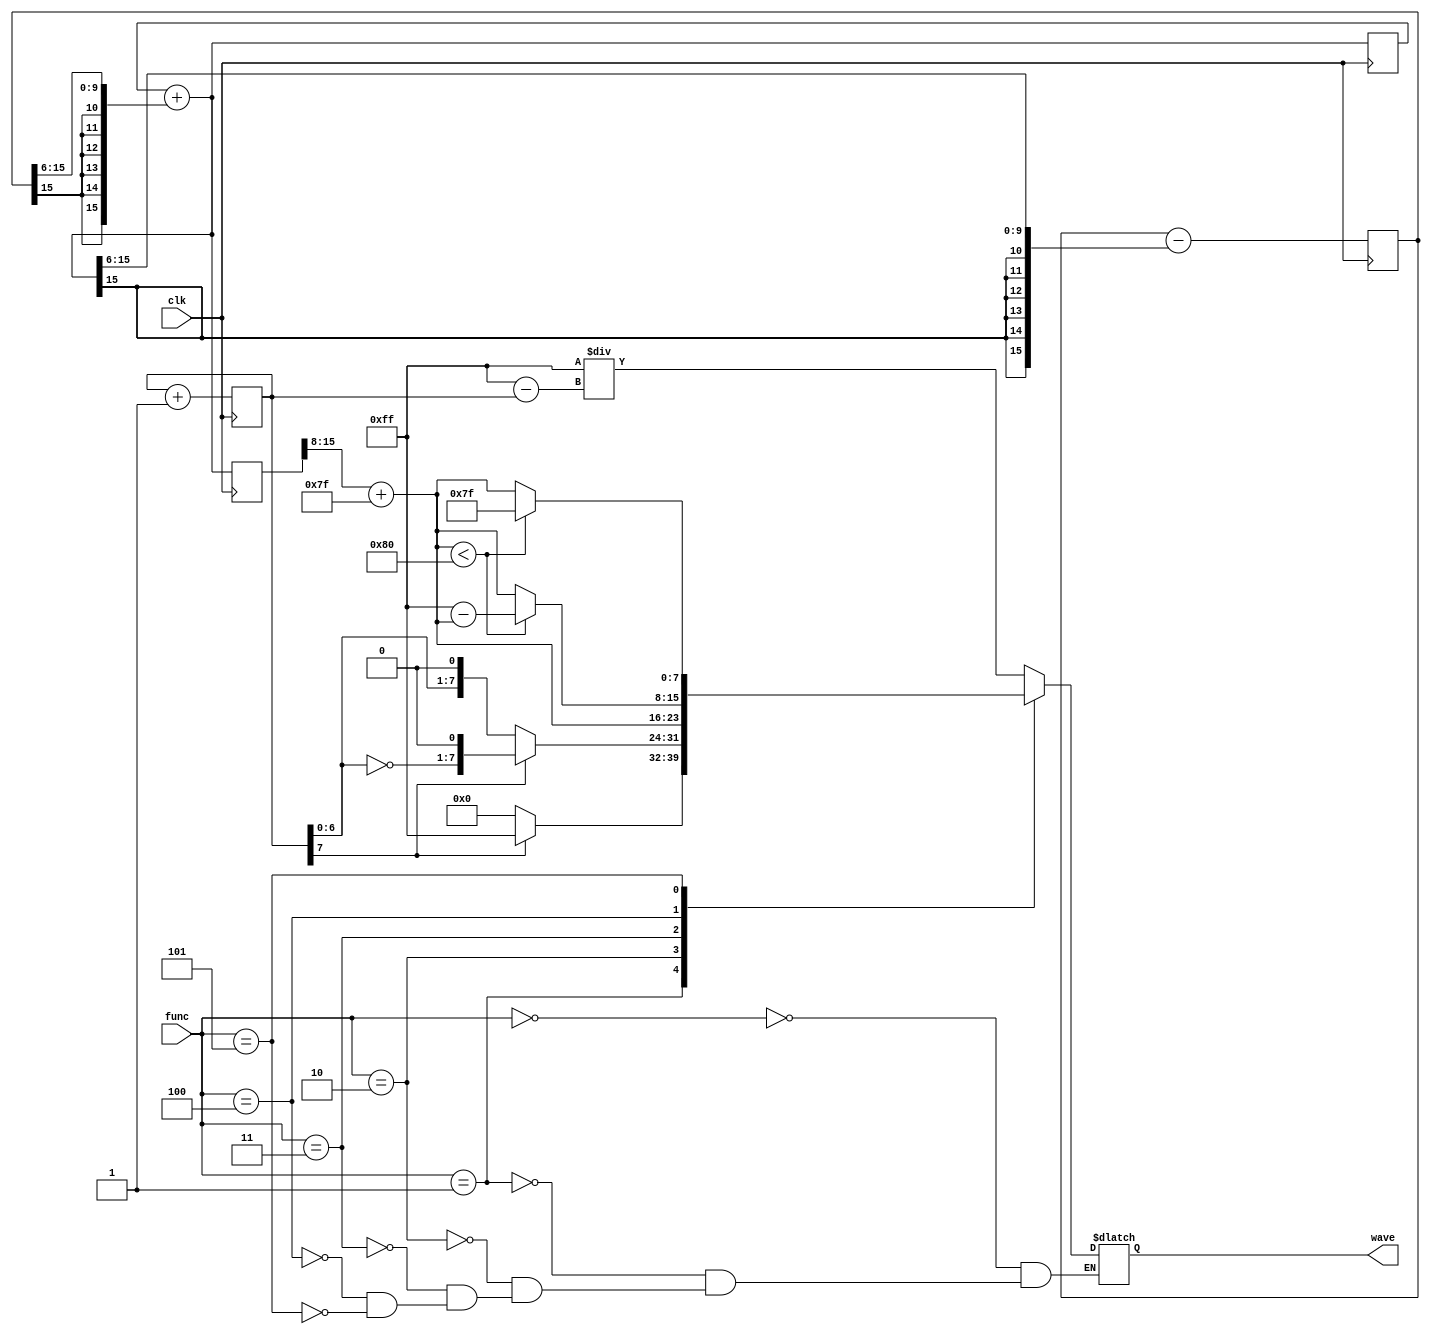
module wave_gen(clk,func,wave);
input clk;
// input [7:0] phase_ctrl;
input [2:0] func;
output reg[7:0]wave;
reg [7:0]n=0;
wire [7:0] triangle,square,reciprocal,DDS_out,half_rec;
wire[7:0]full_rec;
reg [15:0]cur_sin,past_sin=0,cur_cos,past_cos=16'd30000;
wire[7:0] sinus;

assign sinus=cur_sin[15:8]+8'd127;
assign triangle=(n[7]==1'b1)?{{~(n[6:0]),1'b0}}:{n[6:0],1'b0};
assign square=(n[7]==1'b1)?8'b11111111:8'b00000000;
assign full_rec=cur_sin[15:8]+8'd127;
assign half_rec=cur_sin[15:8]+8'd127;

wire [6:0]for_rec;
assign for_rec=(n[6:3]*n[6:3])>>1+n[6:3];
assign reciprocal=8'd255/(8'd255-n[7:0]);
always @(posedge clk)  begin
    n=n+1;
    cur_sin=past_sin+{{6{past_cos[15]}},past_cos[15:6]};
    cur_cos=past_cos-{{6{cur_sin[15]}},cur_sin[15:6]};
    past_cos=cur_cos;
    past_sin=cur_sin;
end

// always @(posedge n[7]) begin
//     cur_sin=past_sin+{{6{past_cos[15]}},past_cos[15:6]};
//     cur_cos=past_cos-{{6{cur_sin[15]}},cur_sin[15:6]};
//     past_cos=cur_cos;
//     past_sin=cur_sin;
// end

// DDS DDS1(clk,phase_ctrl,DDS_out);

always @(*) begin
    case(func)
    3'b000:wave=reciprocal;
    3'b001:wave=square;
    3'b010:wave=triangle;
    3'b011:wave=cur_sin[15:8]+8'd127;
    3'b100:wave=(full_rec<8'd128)?(8'd255-full_rec):full_rec;
    3'b101:wave=(half_rec<8'd128)?8'd127:half_rec;
    // 3'b110:wave=DDS_out;
    endcase
end
endmodule